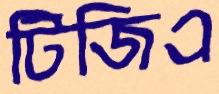
টিজিএ